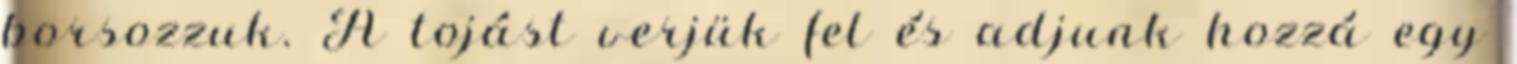
borsozzuk. A tojást verjük fel és adjunk hozzá egy